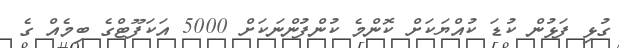
ގުޅި ފަޅުން ކުޑަ ކުއްޔަކަށް ކޮންމެ ކުންފުންނަކަށް 5000 އަކަފޫޓްގެ ބިމެއް ގެ